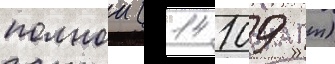
полнои (14 109 т)